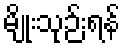
မျိုးသုဉ်းရန်